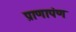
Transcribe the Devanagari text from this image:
प्राणापंण